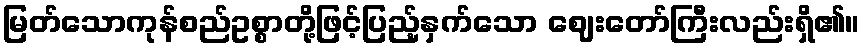
မြတ်သောကုန်စည်ဥစ္စာတို့ဖြင့်ပြည့်နှက်သော ဈေးတော်ကြီးလည်းရှိ၏။